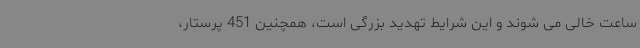
ساعت خالی می شوند و این شرایط تهدید بزرگی است، همچنین 451 پرستار،